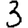
Digit: 3